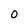
Character: 0